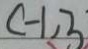
C - 1 , 3